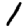
Digit: 1